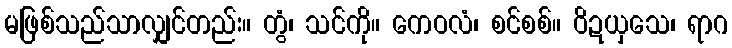
မဖြစ်သည်သာလျှင်တည်း။ တွံ၊ သင်ကို။ ကေဝလံ၊ စင်စစ်။ ဝိဍယှသေ၊ ရာဂ